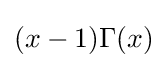
(x-1)\Gamma (x)